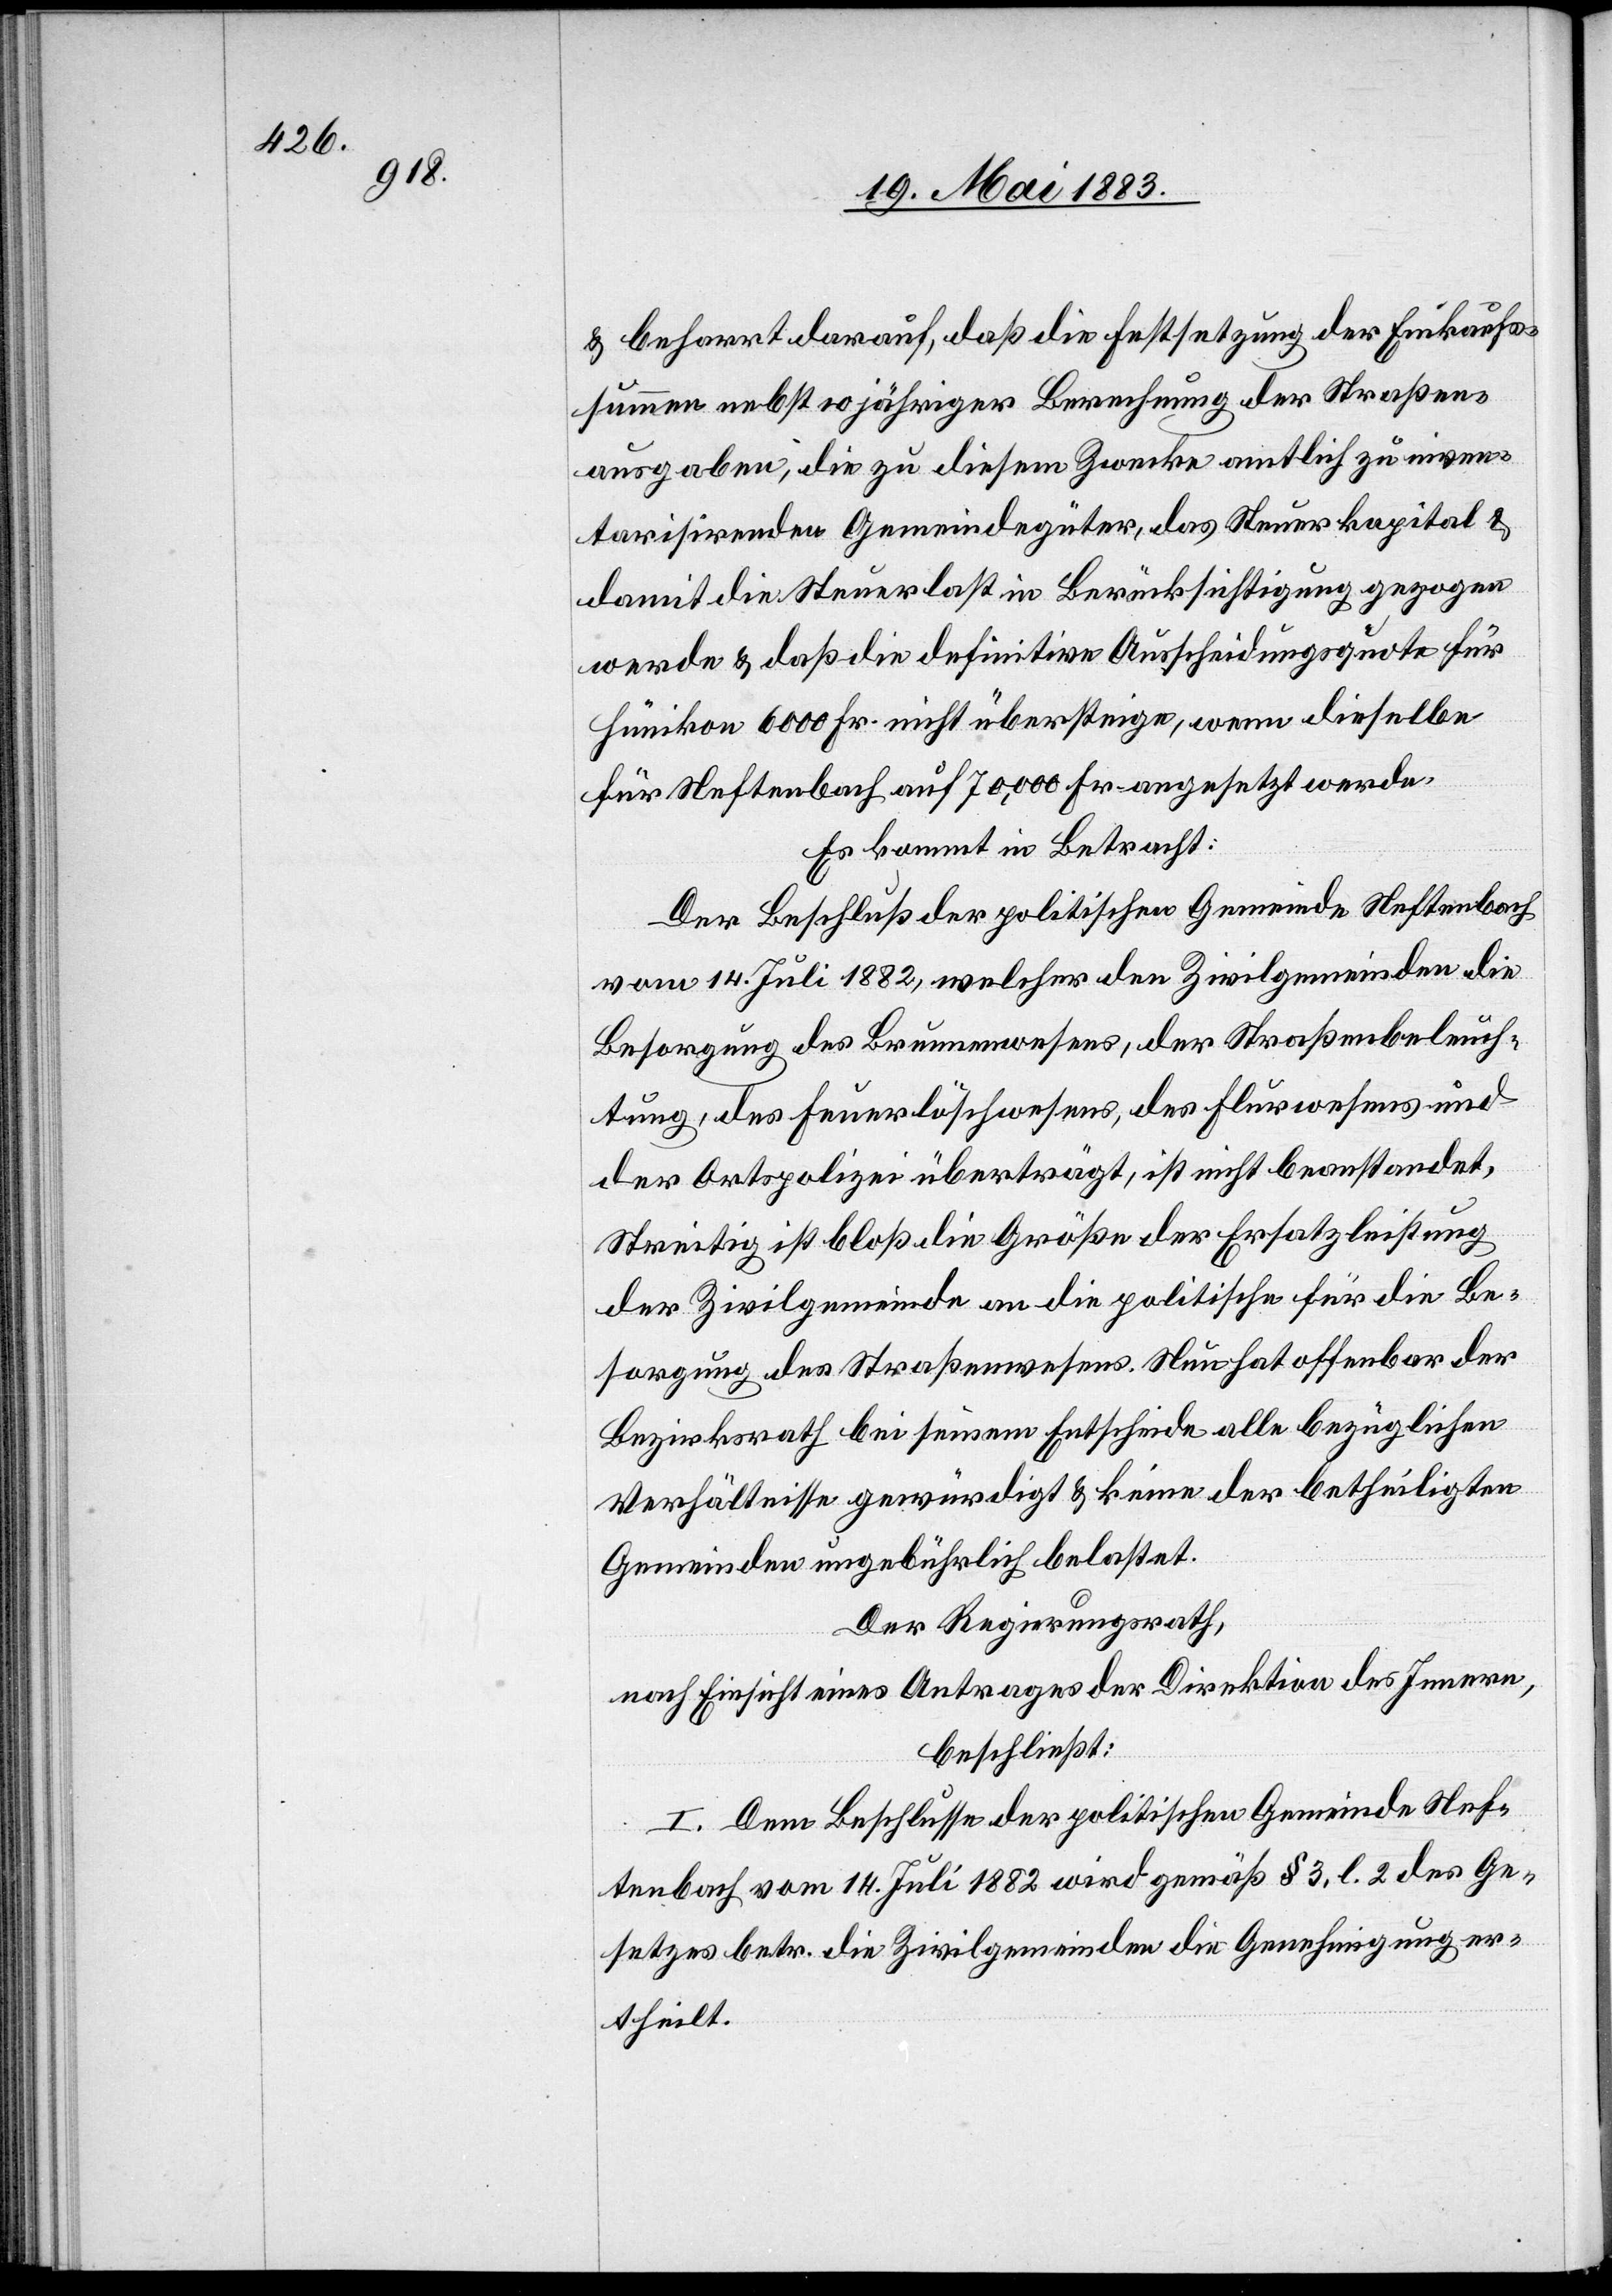
beharrt darauf, daß die Festsetzung der Einkaufs¬
summen nebst 10 jähriger Berechnung der Straßen¬
ausgaben, die zu diesem Zwecke amtlich zu inven¬
tarisirenden Gemeindegüter, das Steuerkapital &
damit die Steuerlast in Berücksichtigung gezogen
werde & daß die definitive Ausscheidungsquote für
Hünikon 6000 Fr. nicht übersteige, wenn dieselbe
für Neftenbach auf 70,000 Fr. angesetzt werde.
Es kommt in Betracht:
Der Beschluß der politischen Gemeinde Neftenbach
vom 14. Juli 1882, welcher den Zivilgemeinden die
Besorgung des Brunnenwesens, der Straßenbeleuch¬
tung, des Feuerlöschwesens, des Flurwesens und
der Ortspolizei überträgt, ist nicht beanstandet.
Streitig ist bloß die Größe der Ersatzleistung
der Zivilgemeinde an die politische für die Be¬
sorgung des Straßenwesens. Nun hat offenbar der
Bezirksrath bei seinem Entscheide alle bezüglichen
Verhältnisse gewürdigt & keine der betheiligten
Gemeinden ungebührlich belastet.
Der Regierungsrath,
nach Einsicht eines Antrages der Direktion des Innern,
beschließt:
I. Dem Beschlusse der politischen Gemeinde Nef¬
tenbach vom 14. Juli 1882 wird gemäß § 3, l. 2 des Ge¬
setzes betr. die Zivilgemeinden die Genehmigung er¬
theilt.